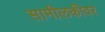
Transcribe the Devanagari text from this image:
सामीलकीवर